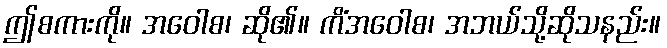
ဤစကားကို။ အဝေါစ၊ ဆို၏။ ကိံအဝေါစ၊ အဘယ်သို့ဆိုသနည်း။